Epidemic dropsy in Calcutta - Number 49
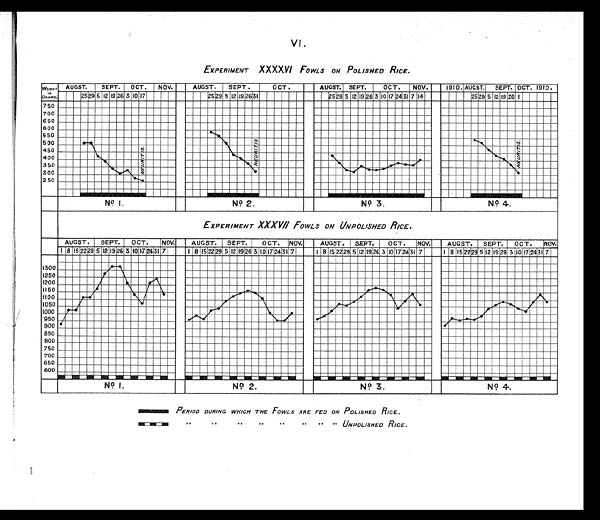
VI.
EXPERIMENT XXXXVI FOWLS ON POLISHED RICE.
EXPERIMENT XXXVII FOWLS ON UNPOLISHED RICE.
PERIOD DURING WHICH THE FOWLS ARE FED ON POLISHED RICE.
,, ,, ,, ,, ,, ,, ,,UNPOLISHED RICE.